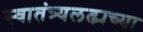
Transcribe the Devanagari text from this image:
स्वातंत्र्यलढ्यच्या